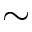
\sim